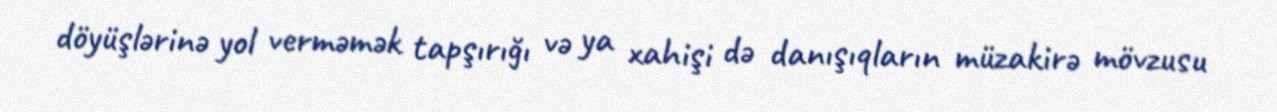
döyüşlərinə yol verməmək tapşırığı və ya xahişi də danışıqların müzakirə mövzusu